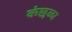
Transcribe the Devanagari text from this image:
कंछळा